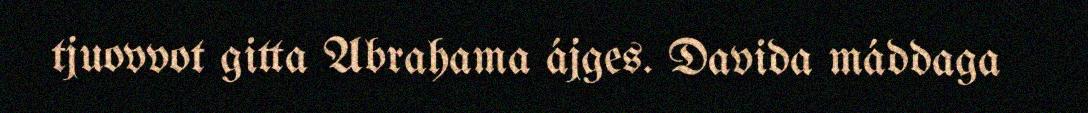
tjuovvot gitta Abrahama ájges. Davida máddaga